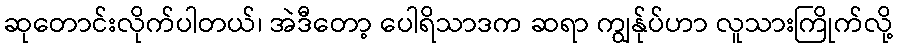
ဆုတောင်းလိုက်ပါတယ်၊ အဲဒီတော့ ပေါရိသာဒက ဆရာ ကျွန်ုပ်ဟာ လူသားကြိုက်လို့